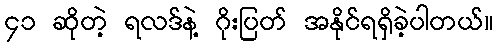
၄၁ ဆိုတဲ့ ရလဒ်နဲ့ ဂိုးပြတ် အနိုင်ရရှိခဲ့ပါတယ်။